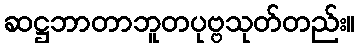
ဆဋ္ဌဘာတာဘူတပုဗ္ဗသုတ်တည်း။